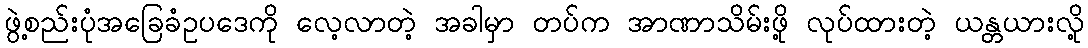
ဖွဲ့စည်းပုံအခြေခံဥပဒေကို လေ့လာတဲ့ အခါမှာ တပ်က အာဏာသိမ်းဖို့ လုပ်ထားတဲ့ ယန္တယားလို့